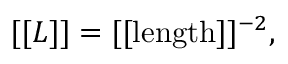
[ [ L ] ] = [ [ \mathrm { l e n g t h } ] ] ^ { - 2 } ,